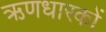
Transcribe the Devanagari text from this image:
ऋणधारकों